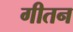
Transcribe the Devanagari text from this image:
गीतन